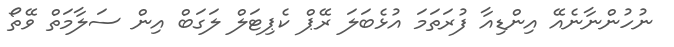
ނުހުންނާނެއޭ އިންޑިއާ ފުރަތަަމަ އުޅެބަލަ ރޭޕް ކެޕިޓަލް ލަގަބް އިން ސަލާމަތް ވޭތޯ